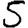
Digit: 5